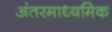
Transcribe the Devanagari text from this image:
अंतरमाध्यमिक